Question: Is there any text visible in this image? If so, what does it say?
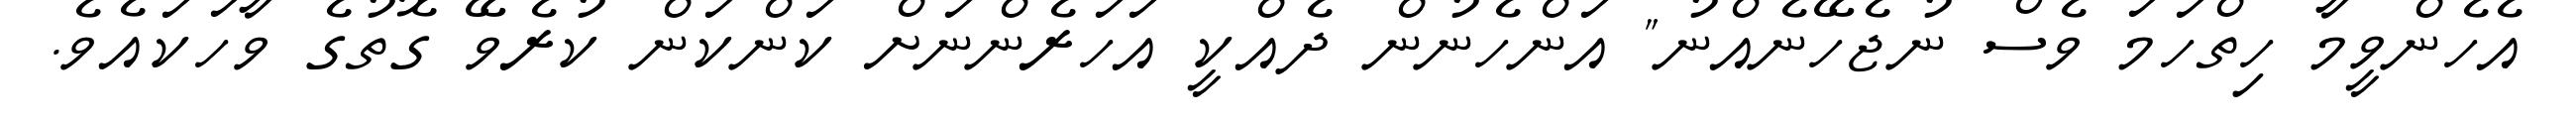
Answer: އެހެންވީމާ ހިތްހަމަ ވެސް ނުޖެހޭނެއްނު" އަންހެނުން ދެއްކީ އަހަރެންނަށް ކަންކަން ކުރެވޭ ގޮތުގެ ވާހަކައެވެ.